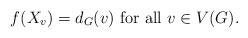
LaTeX: \begin{align*}f(X_v) = d_G(v) \mbox{ for all } v \in V(G).\end{align*}